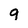
Character: g